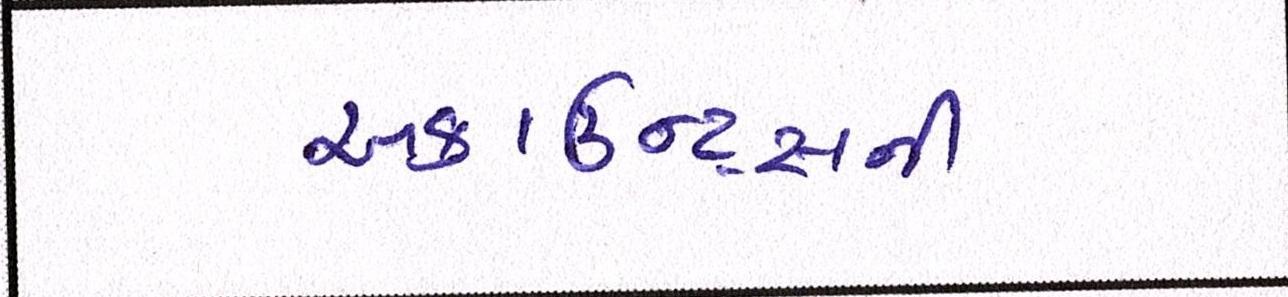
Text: અકાઉન્ટ્સની